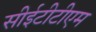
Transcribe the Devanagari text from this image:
सीईटीटीएम